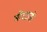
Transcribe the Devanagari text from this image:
मोरटती